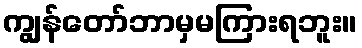
ကျွန်တော်ဘာမှမကြားရဘူး။